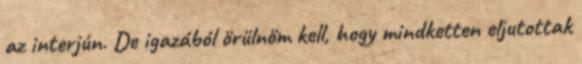
az interjún. De igazából örülnöm kell, hogy mindketten eljutottak